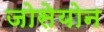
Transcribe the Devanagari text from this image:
जोसेयोन